Vaccination North-Western Provinces and Oudh 1878-1895 - 1878-1895
Year: 1878
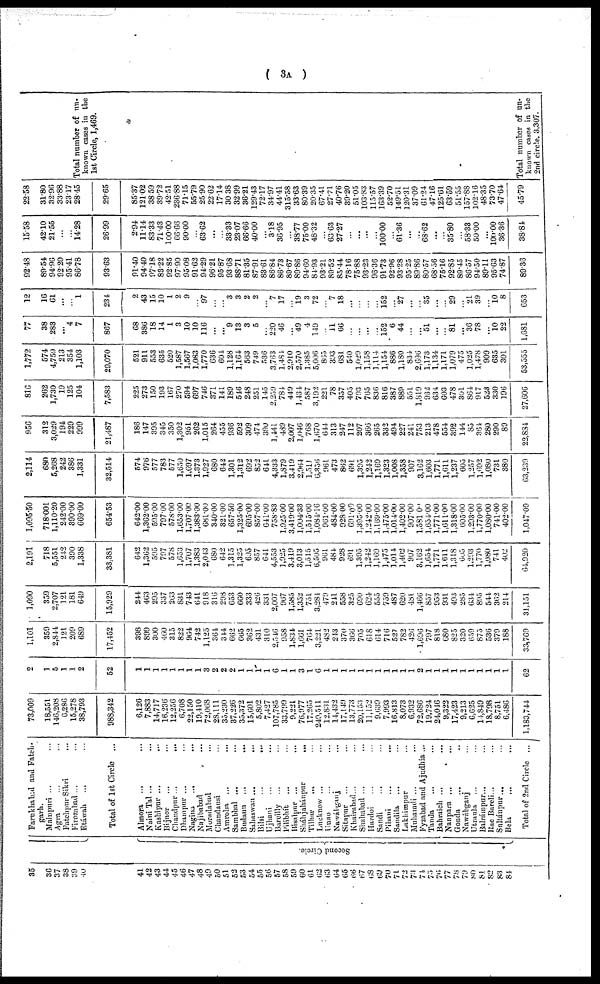
( 3A )
35
36
37
38
39
40
41
42
43
44
45
46
47
48
49
50
51
52
53
54
55
56
57
58
59
60
61
62
63
64
65
66 67
68
69
70
71
72
73
74
75
76
77
78
79
80
81
82
83
84
Second Circle.
Farakhabad and Fateh¬
garh.
Mainpuri ... ...
Agra ... ...
Fatehpur Sikri ...
Firozabad ... ...
Etáwah
... ...
Total of 1st Circle
...
Almora ... ...
Naini Tal ... ...
Kashipur ... ...
Bijnor ... ...
Chandpur ...
...
Dhampur ... ...
Nagina ... ...
Najibabad
...
Moradabad ...
Chandausi ...
Amroha ... ...
Sambhal ... ...
Budaun
... ...
Sahaswan ... ...
Bilsi ... ...
Ujhani ... ...
Bareilly ... ...
Pilibhít
... ...
Hisalpur ... ...
Sháhjahánpur
...
Tilhar ... ...
Lucknow ... ...
Unao ... ...
Nawáhganj ...
Sitapur ... ...
Khairabad... ...
Shahabad ... ...
Hardoi ... ...
Sandi ... ...
Pihani ... ...
Sandila ... ...
Lakhimpur ...
Muhamdi ... ...
Fyzabad and Ajudhia ...
Tanda ... ...
Bahraich ... ...
Nanpara ... ...
Gonda ... ...
Nawábganj ...
Utraula ... ...
Balrámpur... ...
Rao Bareli... ...
Sultánpur... ...
Bela ... ...
Total of 2nd Circle ...
73,009
18,551
146,208
6,286
15,278
38,793
988,342
6,126
7,883
14,717
16,236
12,256
6,708
22,150
19,410
72,068
28,111
35,230
37,226
35,372
15,601
5,802
7,427
107,785
33,799
9,221
76,977
17,265
249,511
12,831
14,432
17,149
13,773
20,153
11,152
9,639
7,993
16,813
8,073
6,932
72,686
19,724
24,046
9,322
17,423
9,213
6,625
14,849
18,798
8,751
6,486
1,183,744
9
1
5
1
1
2
52
1
1
1
1
1
1
1
1
3
2
2
2
1
1
1
1
6
1
1
3
1
6
1
1
1
1
1
1
1
1
1
1
1
2
1
1
1
1
1
1
1
1
1
1
62
1,101
359
2,844
121
209
689
17,452
398
899
300
460
315
822
964
742
1,125
364
344
662
665
362
431
310
2,546
958
1,834
1,661
764
3,221
482
243
370
366
705
618
614
716
527
782
426
1,696
797
818
680
825
320
659
875
536
379
188
33,769
1,090
359
2,707
121
181
649
15,929
244
463
295
337
263
831
743
641
918
316
298
653
660
333
426
331
2,007
967
1,585
1,352
751
3,284
479
241
558
325
690
624
555
759
487
620
481
1,466
857
953
931
493
285
634
895
544
362
214
31,151
2,191
718
5,551
212
390
1,338
33.381
642
1,362
595
797
578
1,653
1,707
1,383
2,043
680 642
1,315
1,325
695
857
641
4,553
1,925
3,419
3,013
1,515
6,505
961
484
928
691
1,395
1,242
1,169
1,475
1,014
1,402
907
3,162
1,654
1,771
1.611
1,318
605
1,293
1,770
1,080
741
402
64,920
1,095.50
718.001
1,110.20
242.00
390.00
669.00
654.53
642.00
1,362.00
595.00
797.00
578.00
1,653.00
1,707.00
1,383.00
681.00
340.00
321.00
657.50
1,325.00
695.00
857.00
641.00
758.83
1,925.00
3,419.00
1,004.33
1,515.00
1,084.16
961.00
484.00
928.00
691.09
1,395.00
1,242.00
1,169.00
1,475.00
1,014.00
1,402.00
907.00
1,581.00
1,654.00
1,771.00
1,611.00
1,318.00
605.00
1,293.00
1,770.00
1,080.00
741.00
402.00
1,047.09
2,114
680
5,268
242
386
1,331
32,514
574
976
577
783
577
1,650
1,697
1,373
1,927
680
642
1,301
1,312
692
852
641
4,333
1,879
3,419
2,964
1,511
6,356
961
473
862
691
1,395
1,242
1,169
1,323
1,008
1,358
907
3,162
1,603
1,771
1,611
1,237
605
1,257
1,692
1,080
731
380
63,239
956
312
3,029
194
229
999
21,487
186
147
395
345
350
1,302
951
262
1,015
264
455
936
592
309
474
390
1,441
489
2,007
1,046
768
1,670
644
313
247
112
207
366
265
332
494
227
241
753
213
478
554
392
144
85
364
280
290
89
22,884
816
262
1,730
19
125
104
7,583
225
273
150
193
167
270
594
697
746
371
141
189
516
248
251
145
2,259
781
449
1,434
587
3,192
221
78
357
405
793
765
836
816
387
889
551
1,819
932
631
603
478
301
864
917
523
330
196
27,606
1,772
574
4,759
213
354
1,103
29,070
521
911
553
635
520
1,587
1,567
1,083
1,770
636
601
1,128
1,164
563
749
536
3,763
1,484
2,910
2,570
1,385
5,006
865
393
681
540
1,029
1,158
1,114
1,154
886
1,180
834
2,696
1,173
1,134
1,171
1,079
475
1,025
1,478
909
635
301
53,555
77
38
283
...
4
7
867
68
386
18
14
1
3
10
10
116
...
...
9
13
3
5
...
220
46
...
49
4
149
...
11
66
...
...
...
...
152
6
44
...
...
51
...
...
81
...
36
78
...
10
22
1,681
12
16
61
...
...
1
234
2
43
15
10
1
2
9
...
97
...
...
3
3
2
2
...
7
17
...
19
3
72
...
7
18
...
...
...
...
152
...
27
...
...
35
...
...
29
...
21
39
...
10
8
653
92.48
89.54
94.96
92.20
95.41
86.78
93.63
91.40
94.40
97.18
83.22
92.85
97.90
95.08
91.62
94.29
96.21
95.87
93.68
88.71
81.35
87.91
83.61
86.84
86.73
89.67
89.86
94.60
84.93
93.21
89.52
85.44
78.16
75.88
93.23
96.36
91.73
92.96
93.28
95.25
89.86
80.57
68.56
75.16
92.85
89.45
86.57
94.50
89.11
95.63
74.87
89.36
15.58
42.10
21.55
...
...
14.28
26.99
2.94
11.14
83.33
71.43
100.00
66.66
90.00
...
63.62
...
...
33.33
23.07
66.66
40.00
...
3.18
36.95
...
38.77
75.00
48.32
...
63.63
27.27
...
...
...
...
100.00
...
61.36
...
...
68.62
...
...
35.80
...
58.33
50.00
...
100.00
36.36
38.81
22.58
31.80
32.96
33.88
23.17
28.45
29.65
85.37
121.02
38.59
39.72
42.51
236.88
71.15
55.79
25.90
22.62
17.14
30.38
32.99
36.21
129.43
72.17
34.97
44.41
315.58
33.63
80.39
20.35
67.41
27.71
40.76
39.20
51.05
103.83
115.57
163.39
52.70
149.51
120.31
37.09
61.24
47.16
125.61
63.59
51.55
157.88
102.16
48.35
73.70
47.64
45.79
Total number of un-
known cases in the
1st Circle, 1,469.
Total number of un-
known cases in the
2nd circle, 3,307.